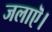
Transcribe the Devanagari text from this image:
जलाऎ।